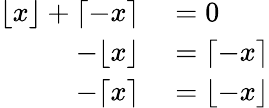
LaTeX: \begin{array}{rl}{\lfloor x\rfloor+\lceil-x\rceil}&{{}=0}\\ {-\lfloor x\rfloor}&{{}=\lceil-x\rceil}\\ {-\lceil x\rceil}&{{}=\lfloor-x\rfloor}\end{array}